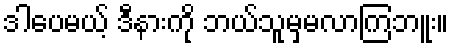
ဒါပေမယ့် ဒီနားကို ဘယ်သူမှမလာကြဘူး။